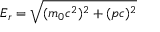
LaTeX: E _ { r } = { \sqrt { ( m _ { 0 } c ^ { 2 } ) ^ { 2 } + ( p c ) ^ { 2 } } } \,